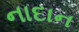
નાદાન